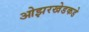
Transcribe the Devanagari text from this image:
ओझरखेडकडे